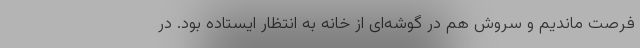
فرصت ماندیم و سروش هم در گوشه‌ای از خانه به انتظار ایستاده بود. در